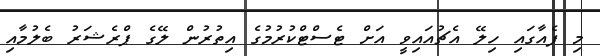
މި ފެއާގައި ހިލޭ އެޗުއައިވީ އަށް ޓެސްޓްކުރުމުގެ އިތުރުން ލޭގެ ޕްރެޝަރު ބެލުމާއި